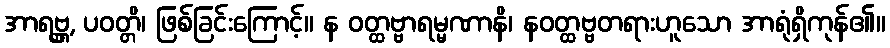
အာရဗ္ဘ္ထ, ပဝတ္တိ၊ ဖြစ်ခြင်းကြောင့်။ န ဝတ္ထဗ္ဗာရမ္မဏာနိ၊ နဝတ္ထဗ္ဗတရားဟူသော အာရုံရှိကုန်၏။